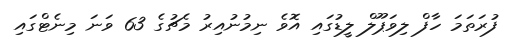
ފުރަތަމަ ހާފް ލިވަޕޫލް ލީޑުގައި އޮވެ ނިމުނުއިރު މެޗުގެ 63 ވަނަ މިނެޓްގައި